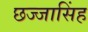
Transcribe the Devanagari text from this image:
छज्जासिंह